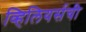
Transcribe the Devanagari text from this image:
व्हिलियर्सची